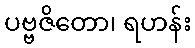
ပဗ္ဗဇိတော၊ ရဟန်း